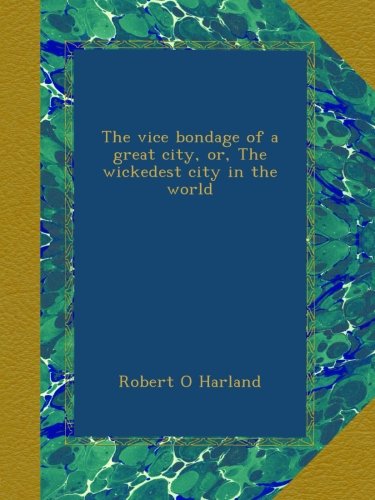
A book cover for The vice bondage of a great city, or, The wickedest city in the world; Robert O Harland; Law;